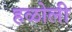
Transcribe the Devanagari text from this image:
हळोली